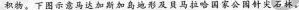
据此完成达加斯加岛地形及员马拉哈国家公园针尖石林。